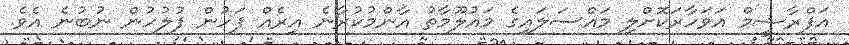
އަފްރާޝީމް އަވަހާރަކޮށްލި މައްސަލައިގެ މައުލޫމާތު އާންމުކުރާނެ އިރެއް ފަހުން ފުލުހުން ނުބުނެ އެވެ.